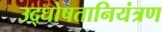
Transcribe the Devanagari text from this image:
उद्घोषतानियंत्रण